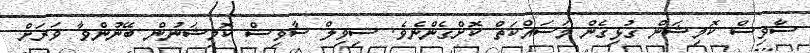
ސާވިސް ކޮމިޝަން ގުޅިގެން މަސައްކަތް ކޮށްގެންނެވެ. ސިވިލް ސާވިސް ކޮމިޝަނުން ބޭނުންވާ ވަރަށް